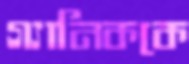
গ্যানিককে